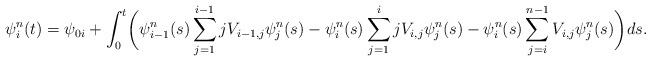
\begin{align*}\psi_i^n(t) = \psi_{0 i} + \int_0^t\biggl(\psi_{i-1}^n(s)\sum_{j=1}^{i-1}jV_{i-1,j}\psi_j^n(s) - \psi_i^n(s)\sum_{j=1}^{i} jV_{i,j}\psi_j^n(s) -\psi_i^n(s)\sum_{j=i}^{n-1}V_{i,j}\psi_j^n(s)\biggr)ds.\end{align*}